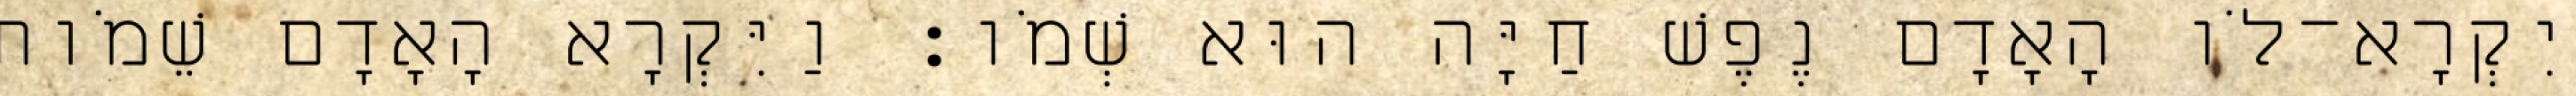
יִקְרָא־לֹו הָאָדָם נֶפֶשׁ חַיָּה הוּא שְׁמֹו׃ וַיִּקְרָא הָאָדָם שֵׁמֹות